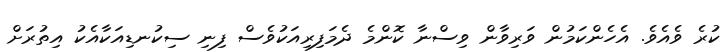
ކުރެ ވެއެވެ. އެހެންކަމުން ވަރިވާން ވިސްނާ ކޮންމެ ދެމަފިރިއަކުވެސް ފިނި ސިކުނޑިއަކާއެކު އިތުރަށް